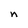
Character: n